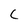
Character: C